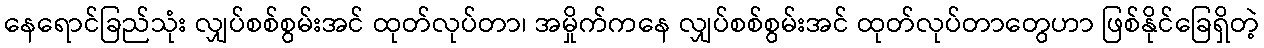
နေရောင်ခြည်သုံး လျှပ်စစ်စွမ်းအင် ထုတ်လုပ်တာ၊ အမှိုက်ကနေ လျှပ်စစ်စွမ်းအင် ထုတ်လုပ်တာတွေဟာ ဖြစ်နိုင်ခြေရှိတဲ့